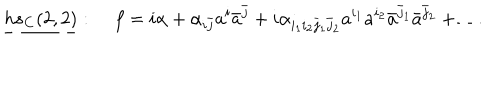
LaTeX: \underline { { { h s _ { \bf C } ( 2 , 2 ) } } } : \; f = i \alpha + \alpha _ { i \bar { j } } a ^ { i } \bar { a } ^ { \bar { j } } + i \alpha _ { i _ { 1 } i _ { 2 } \bar { j } _ { 1 } \bar { j } _ { 2 } } a ^ { i _ { 1 } } a ^ { i _ { 2 } } \bar { a } ^ { \bar { j } _ { 1 } } \bar { a } ^ { \bar { j } _ { 2 } } + \ldots